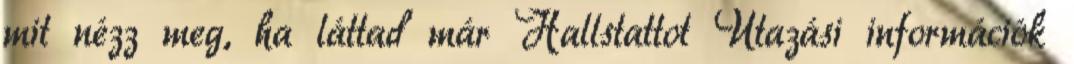
mit nézz meg, ha láttad már Hallstattot Utazási információk